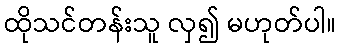
ထိုသင်တန်းသူ လှ၍ မဟုတ်ပါ။